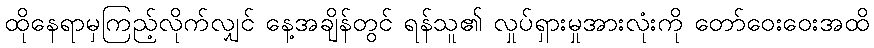
ထိုနေရာမှကြည့်လိုက်လျှင် နေ့အချိန်တွင် ရန်သူ၏ လှုပ်ရှားမှုအားလုံးကို တော်ဝေးဝေးအထိ